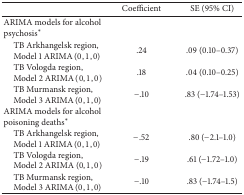
<table><thead><tr><td><b> </b></td><td><b>Coefficient</b></td><td><b>SE (95% CI)</b></td></tr></thead><tbody><tr><td>ARIMA models for alcohol psychosis*</td><td> </td><td> </td></tr><tr><td> TB Arkhangelsk region, Model 1 ARIMA (0,1, 0)</td><td>.24</td><td>.09 (0.10–0.37)</td></tr><tr><td> TB Vologda region, Model 2 ARIMA (0,1, 0)</td><td>.18</td><td>.04 (0.10–0.25)</td></tr><tr><td> TB Murmansk region, Model 3 ARIMA (0,1, 0)</td><td>−.10</td><td>.83 (−1.74–1.53)</td></tr><tr><td>ARIMA models for alcohol poisoning deaths*</td><td> </td><td> </td></tr><tr><td> TB Arkhangelsk region, Model 1 ARIMA (0,1, 0)</td><td>−.52</td><td>.80 (−2.1–1.0)</td></tr><tr><td> TB Vologda region, Model 2 ARIMA (0,1, 0)</td><td>−.19</td><td>.61 (−1.72–1.0)</td></tr><tr><td> TB Murmansk region, Model 3 ARIMA (0,1, 0)</td><td>−.10</td><td>.83 (−1.74–1.5)</td></tr></tbody></table>